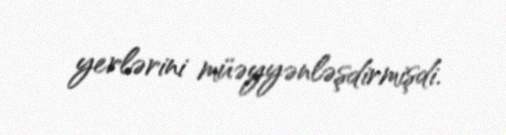
yerlərini müəyyənləşdirmişdi.